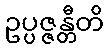
ဥပ္ပဇ္ဇန္တီတိ